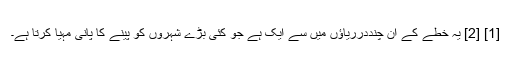
[1] [2] یہ خطے کے ان چنددرریاؤں میں سے ایک ہے جو کئی بڑے شہروں کو پینے کا پانی مہیا کرتا ہے۔